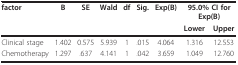
| factor | B | SE | Wald | df | Sig. | Exp(B) | <COLSPAN=2> 95.0% CI for Exp(B) |
 |  |  |  |  |  |  |  | Lower | Upper |
 | --- | --- | --- | --- | --- | --- | --- | --- | --- |
 | Clinical stage | 1.402 | 0.575 | 5.939 | 1 | .015 | 4.064 | 1.316 | 12.553 |
 | Chemotherapy | 1.297 | .637 | 4.141 | 1 | .042 | 3.659 | 1.049 | 12.760 |